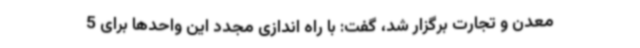
معدن و تجارت برگزار شد، گفت: با راه اندازی مجدد این واحدها برای 5